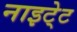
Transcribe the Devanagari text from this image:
नाइटे्ट